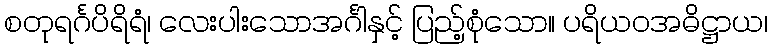
စတုရင်္ဂပိရိရံ၊ လေးပါးသောအင်္ဂါနှင့် ပြည့်စုံသော။ ပရိယဝအဓိဋ္ဌာယ၊